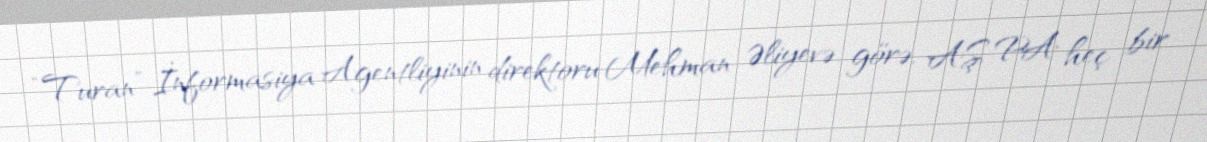
“Turan” İnformasiya Agentliyinin direktoru Mehman Əliyevə görə, AŞ PA heç bir